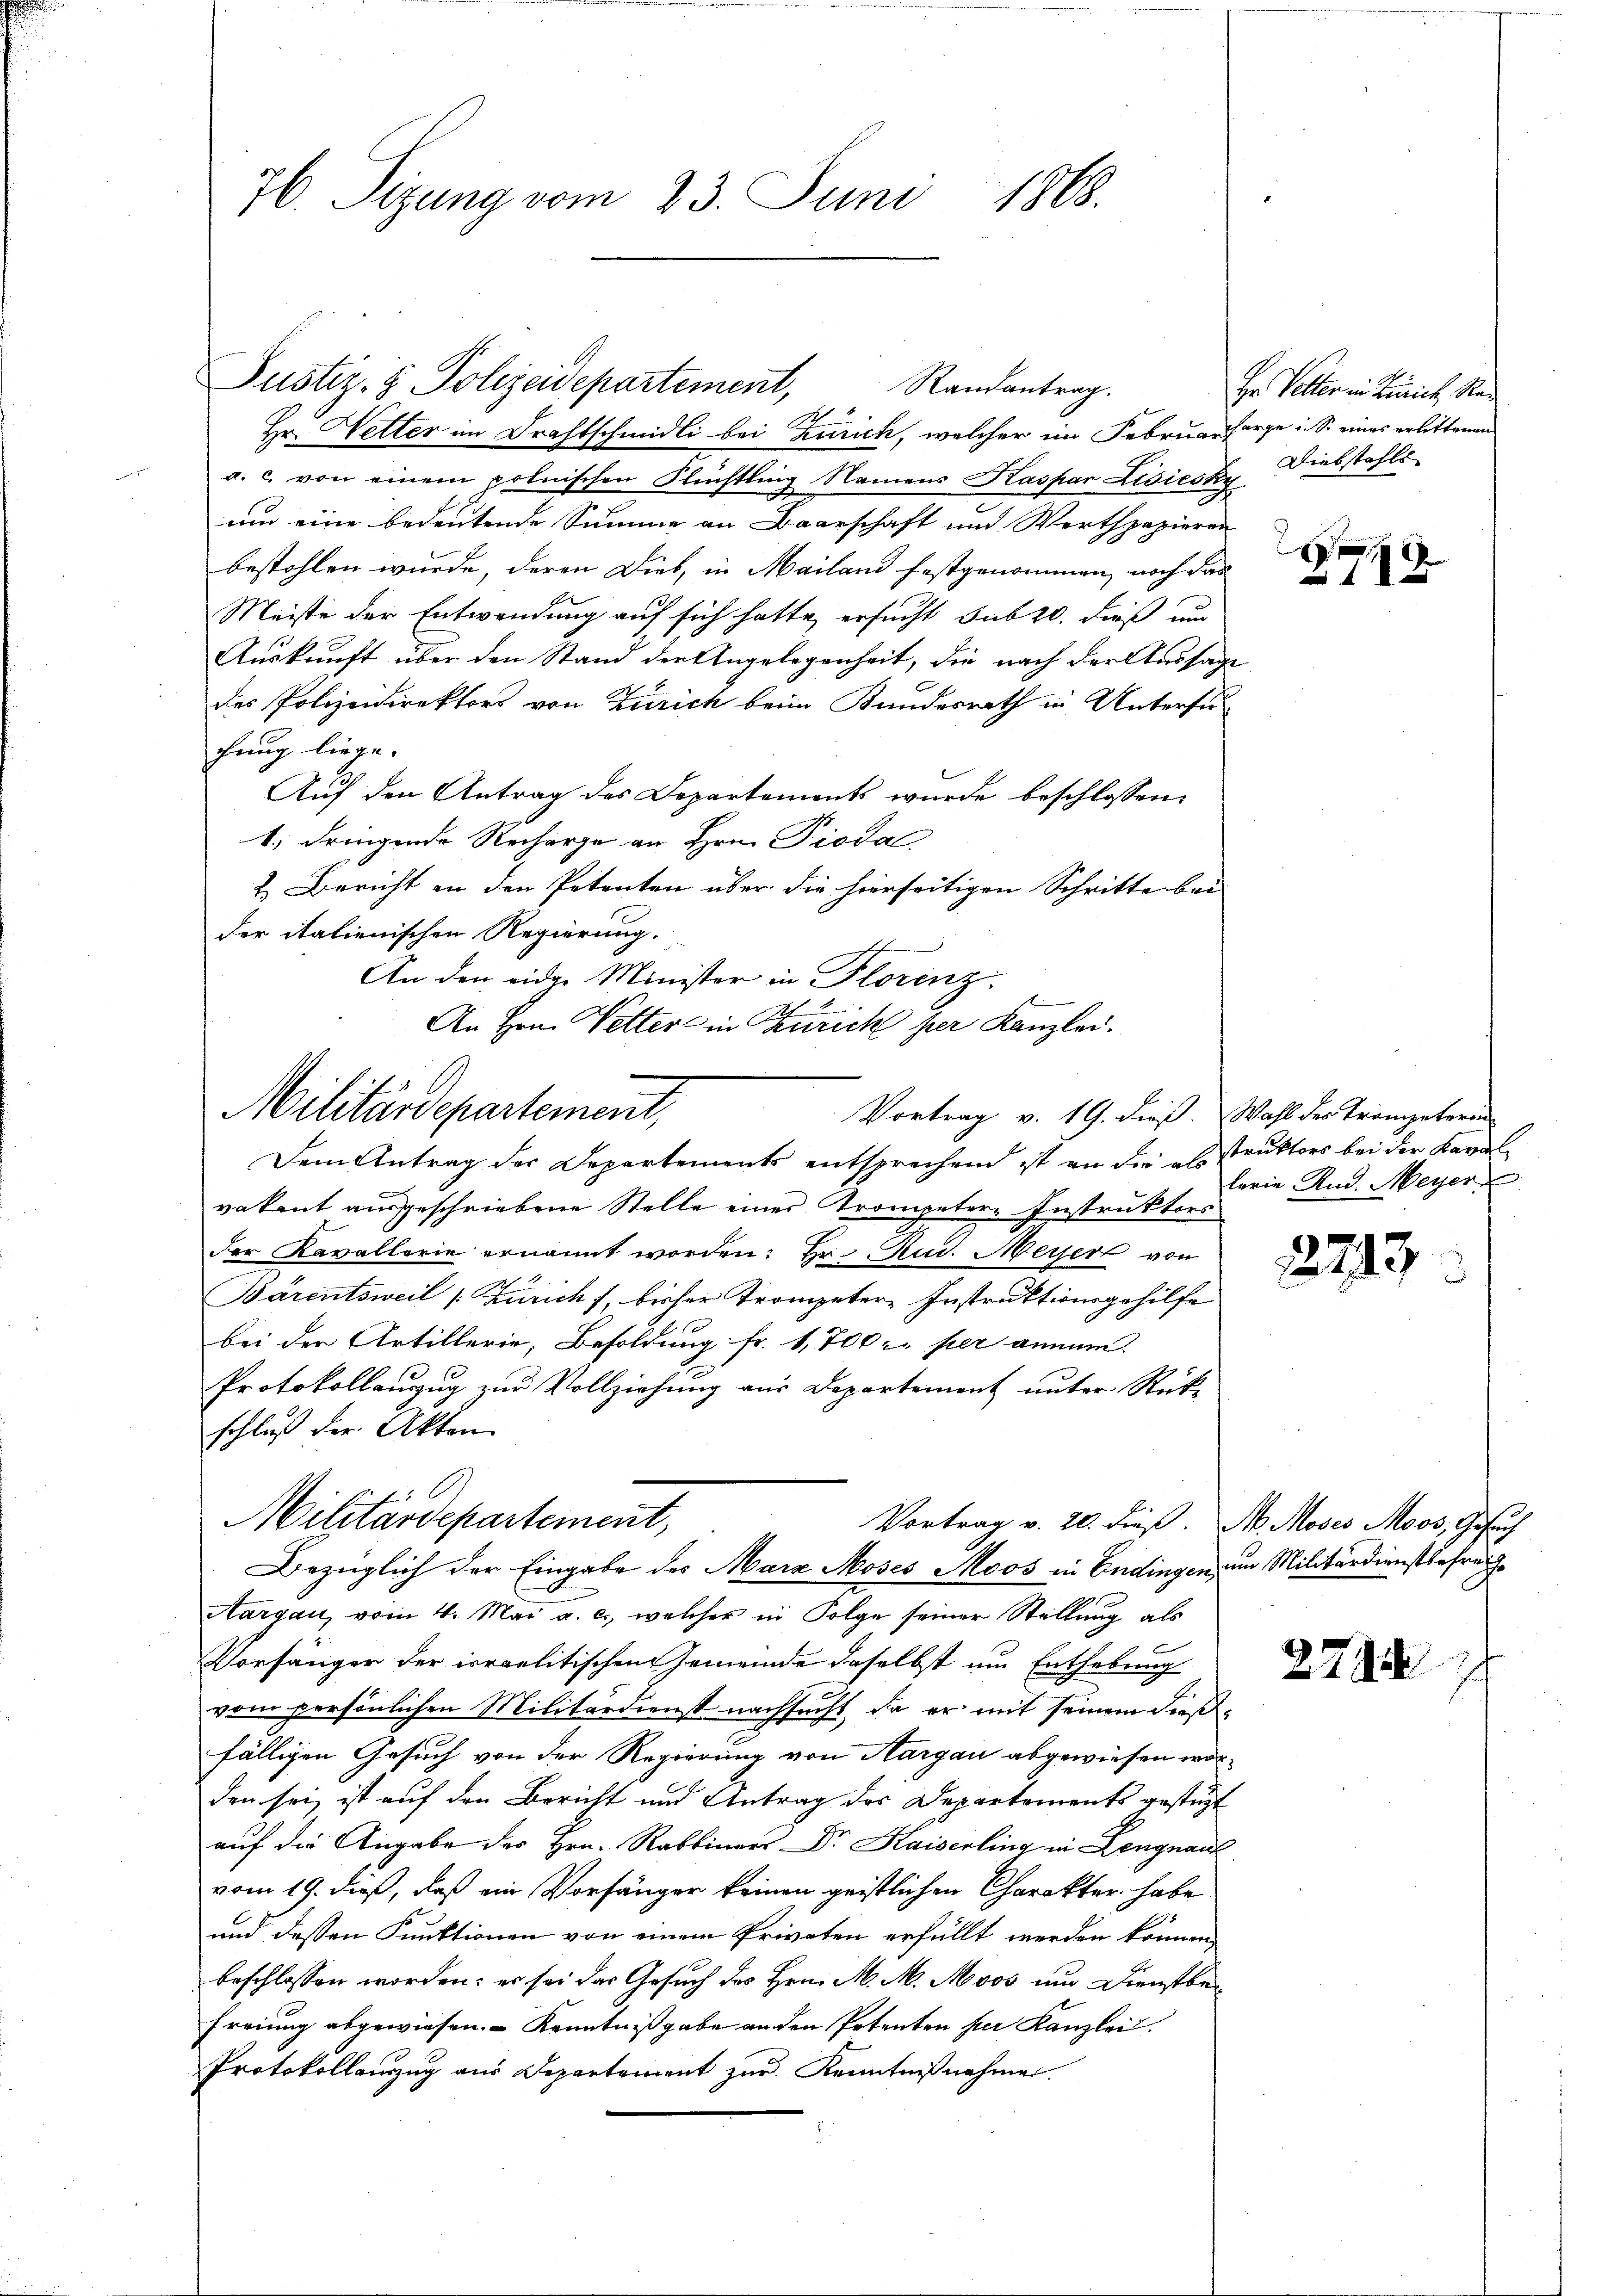
76. Sizung vom 23. Juni 1868.

Hr. Wetter im Drahtschmidli bei Zürich, welcher im Februarsorge i. S. eines erlittenen
a. c. von einem polnischen Flüchtling Namens Kaspar Lisieske Diebstahls
um eine bedeutende Summe an Baarschaft und Werthpapieren
bestohlen wurde, deren Dieb, in Mailand festgenommen, noch das
Meiste der Entwendung auf sich hatte, ersucht sub 20. dieß und
Auskunft über den Stand der Angelegenheit, die nach der Aussage
der Polizeidirektors von Zürich beim Kundesrath in Untersu
chung liege.
Auf den Antrag des Departements wurde beschlossen:
1; dringende Recharge an Hrn. Pioda
&. Bericht an den Petenten über die hierseitigen Schritte bei
der italienischen Regierung.
An den eidge Minister in Florenz.
An Hrn. Vetter in Zürich per Kanzlei.

Justiz- & Polizeidepartement, Randantrag.

Militärdepartement,
Vortrag v. 19. dieß. Wahl des Trompeterin

Militärdepartement,
Bezüglich der Eingabe des Marz Moses Moos in Endingen, um Militärdienstbefreihe

Dem Antrag der Departements entsprechend ist an die alsstruktors bei der Kaval
vakant ausgeschriebene Stelle einer Trompetere Instruktors
der Kavallarie ernannt worden: Hr. Rud. Meyer von
Bärentsweil [Zürich f, bisher Trompeter Instruktionsgehilfe
bei der Artillerie, Besoldung fr. 1,700 r. per annum.
Protokollanzug zur Vollziehung aus Departement unter Rück-
schluß der Akten.
Vortrag v. 20. dieß. M. Moses Moos, Gesuch
Aargau, vom 4. Mai a. c., welcher in Folge seiner Stellung als
Vorhänger der irraelitischen Gemeinde daselbst um Enthebung
vom persönlichen Militärdienst nachsucht, da er mit seinem dießfälligen Gesuch von der Regierung von Aargau abgewiesen worden sei, ist auf den Bericht und Antrag des Departements gestützt
auf die Angabe des Hrn. Rabbinars Dr. Kaiserling in Lengnaul
vom 19. dieß, daß ein Vorhänger keinen geistlichen Charakter habe
und dessen Funktionen von einem Privaten erfüllt werden können,
beschlossen worden; es sei das Gesuch des Hrn. M. M. Moos und Dienstbe¬
Freiung abgewiesen. Kenntnißgabe an den Petenten per Kanzlei.
Protokollenzug aus Departement zur Kenntnißnahmen.

Hr. Vetter in Zürich, Re¬

8

lerie And. Meyer

2743

2724